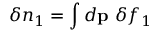
\delta n _ { 1 } = \int d { \bf p } \ \delta f _ { 1 }